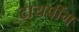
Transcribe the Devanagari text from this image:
टायपींग